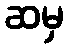
ဆမှ